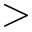
>